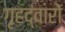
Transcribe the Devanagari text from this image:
गृहद्वारों